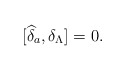
\begin{align*}\lbrack \widehat{\delta }_{a},\delta _{\Lambda }]=0. \end{align*}